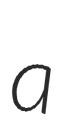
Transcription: a